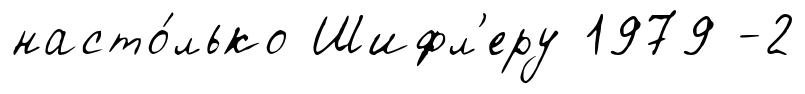
насто́лько Шифл'еру 1979 -2